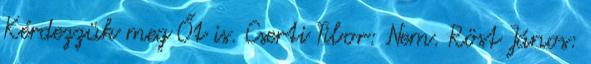
Kérdezzük meg Őt is. Cserti Tibor: Nem. Röst János: